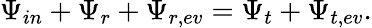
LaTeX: \Psi_{in}+\Psi_{r}+\Psi_{r,ev}=\Psi_{t}+\Psi_{t,ev}.